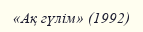
«Ақ гүлім» (1992)